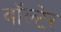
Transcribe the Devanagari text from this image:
वॉल्टेर